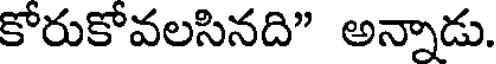
కోరుకోవలసినది" అన్నాడు.